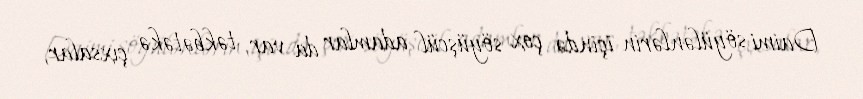
Daimi söyülənlərin içində çox söyüşcül adamlar da var, təkbətəkə çıxsalar,